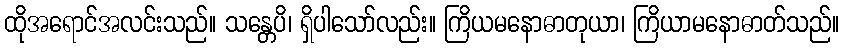
ထိုအရောင်အလင်းသည်။ သန္တေပိ၊ ရှိပါသော်လည်း။ ကြိယမနောဓာတုယာ၊ ကြိယာမနောဓာတ်သည်။